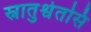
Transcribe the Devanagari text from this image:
स्नातुश्वेतसि